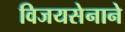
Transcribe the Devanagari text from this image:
विजयसेनाने